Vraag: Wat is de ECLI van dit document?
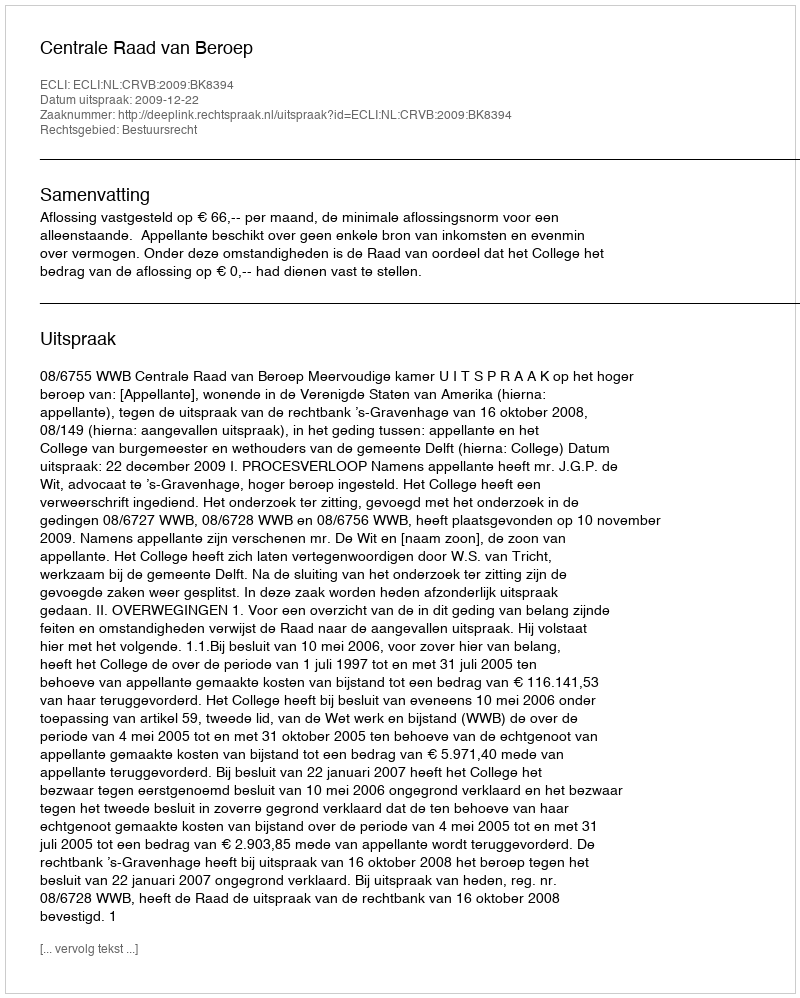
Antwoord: ECLI:NL:CRVB:2009:BK8394